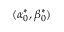
( \alpha _ { 0 } ^ { * } , \beta _ { 0 } ^ { * } )